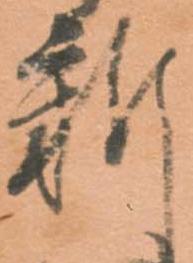
新